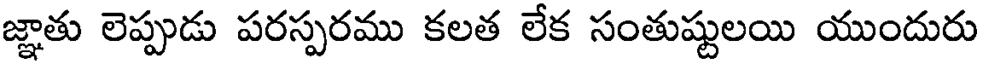
జ్ఞాతు లెప్పుడు పరస్పరము కలత లేక సంతుష్టులయి యుందురు